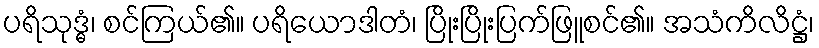
ပရိသုဒ္ဓံ၊ စင်ကြယ်၏။ ပရိယောဒါတံ၊ ပြိုးပြိုးပြက်ဖြူစင်၏။ အသံကိလိဋ္ဌံ၊